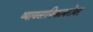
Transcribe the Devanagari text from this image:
व्यावसायिकाबरोबर